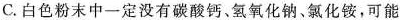
C.白色粉末中一定没有碳酸钙、氢氧化钠、氯化铵，可能